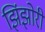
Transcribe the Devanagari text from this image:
झिंझोरी